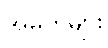
အမတ်များ